Indian journal of veterinary science and animal husbandry - Volume 14,
Year: 1944
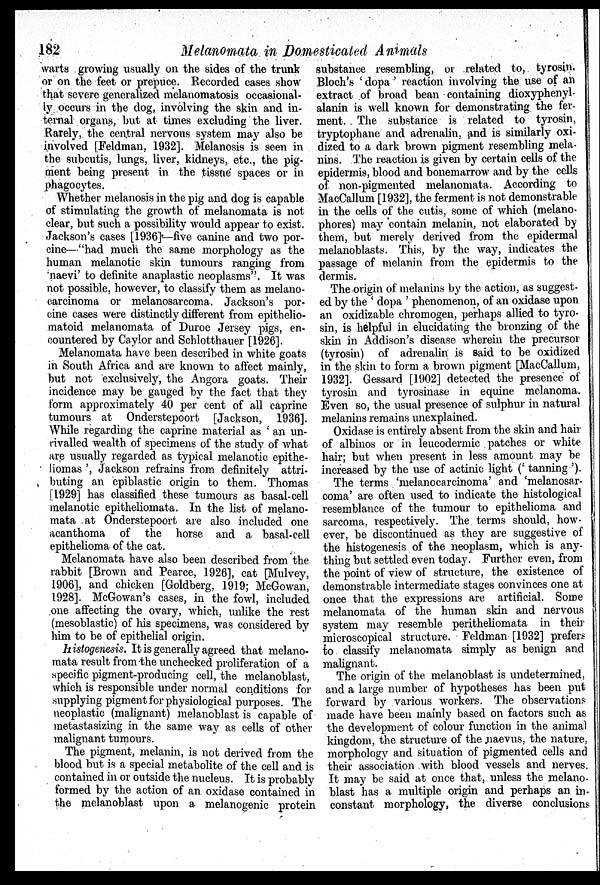
182
Melanomata in Domesticated Animals
warts growing usually on the sides of the trunk
or on the feet or prepuce. Recorded cases show
that severe generalized melanomatosis occasional-
ly occurs in the dog, involving the skin and in-
ternal organs, but at times excluding the liver.
Rarely, the central nervous system may also be
involved [Feldman, 1932]. Melanosis is seen in
the subcutis, lungs, liver, kidneys, etc., the pig-
ment being present in the tissue spaces or in
phagocytes.
Whether melanosis in the pig and dog is capable
of stimulating the growth of melanomata is not
clear, but such a possibility would appear to exist.
Jackson's cases [1936]—five canine and two por-
cine—"had much the same morphology as the
human melanotic skin tumours ranging from
naevi' to definite anaplastic neoplasms". It was
not possible, however, to classify them as melano-
carcinoma or melanosarcoma. Jackson's por-
cine cases were distinctly different from epithelio-
matoid melanomata of Duroc Jersey pigs, en-
countered by Caylor and Schlotthauer [1926].
Melanomata have been described in white goats
in South Africa and are known to affect mainly,
but not exclusively, the Angora goats. Their
incidence may be gauged by the fact that they
form approximately 40 per cent of all caprine
tumours at Onderstepoort [Jackson, 1936].
While regarding the caprine material as 'an un-
rivalled wealth of specimens of the study of what
are usually regarded as typical melanotic epithe-
liomas', Jackson refrains from definitely attri-
buting an epiblastic origin to them. Thomas
[1929] has classified these tumours as basal-cell
melanotic epitheliomata. In the list of melano-
mata at Onderstepoort are also included one
acanthoma of the horse and a basal-cell
epithelioma of the cat.
Melanomata have also been described from the
rabbit [Brown and Pearce, 1926], cat [Mulvey,
1906], and chicken [Goldberg, 1919; McGowan,
1928]. McGowan's cases, in the fowl, included
one affecting the ovary, which, unlike the rest
(mesoblastic) of his specimens, was considered by
him to be of epithelial origin.
Histogenesis. It is generally agreed that melano-
mata result from the unchecked proliferation of a
specific pigment-producing cell, the melanoblast,
which is responsible under normal conditions for
supplying pigment for physiological purposes. The
neoplastic (malignant) melanoblast is capable of
metastasizing in the same way as cells of other
malignant tumours.
The pigment, melanin, is not derived from the
blood but is a special metabolite of the cell and is
contained in or outside the nucleus. It is probably
formed by the action of an oxidase contained in
the melanoblast upon a melanogenic protein
substance resembling, or related to, tyrosin.
Bloch's 'dopa' reaction involving the use of an
extract of broad bean containing dioxyphenyl-
alanin is well known for demonstrating the fer-
ment. The substance is related to tyrosin,
tryptophane and adrenalin, and is similarly oxi-
dized to a dark brown pigment resembling mela-
nins. The reaction is given by certain cells of the
epidermis, blood and bonemarrow and by the cells
of non-pigmented melanomata. According to
MacCallum [1932], the ferment is not demonstrable
in the cells of the cutis, some of which (melano-
phores) may contain melanin, not elaborated by
them, but merely derived from the epidermal
melanoblasts. This, by the way, indicates the
passage of melanin from the epidermis to the
dermis.
The origin of melanins by the action, as suggest-
ed by the 'dopa' phenomenon, of an oxidase upon
an oxidizable chromogen, perhaps allied to tyro-
sin, is helpful in elucidating the bronzing of the
skin in Addison's disease wherein the precursor
(tyrosin) of adrenalin is said to be oxidized
in the skin to form a brown pigment [MacCallum,
1932]. Gessard [1902] detected the presence of
tyrosin and tyrosinase in equine melanoma.
Even so, the usual presence of sulphur in natural
melanins remains unexplained.
Oxidase is entirely absent from the skin and hair
of albinos or in leucodermic patches or white
hair; but when present in less amount may be
increased by the use of actinic light ('tanning').
The terms 'melanocarcinoma' and 'melanosar-
coma' are often used to indicate the histological
resemblance of the tumour to epithelioma and
sarcoma, respectively. The terms should, how-
ever, be discontinued as they are suggestive of
the histogenesis of the neoplasm, which is any-
thing but settled even today. Further even, from
the point of view of structure, the existence of
demonstrable intermediate stages convinces one at
once that the expressions are artificial. Some
melanomata of the human skin and nervous
system may resemble peritheliomata in their
microscopical structure. Feldman [1932] prefers
to classify melanomata simply as benign and
malignant.
The origin of the melanoblast is undetermined,
and a large number of hypotheses has been put
forward by various workers. The observations
made have been mainly based on factors such as
the development of colour function in the animal
kingdom, the structure of the naevus, the nature,
morphology and situation of pigmented cells and
their association with blood vessels and nerves.
It may be said at once that, unless the melano
blast has a multiple origin and perhaps an in-
constant morphology, the diverse conclusions